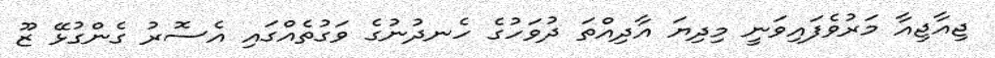
ޖިއާޖިއާ މަރުވެފައިވަނީ މިދިޔަ އާދިއްތަ ދުވަހުގެ ހެނދުނުގެ ވަގުތެއްގައި އެސޮރު ގެންގުޅޭ ޒޫ